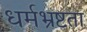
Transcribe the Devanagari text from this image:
धर्मभ्रष्टता